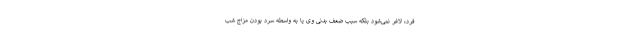
فرد، لاغر نمی‌شود بلکه سبب ضعف بدنی وی یا به واسطه سرد بودن مزاج شب